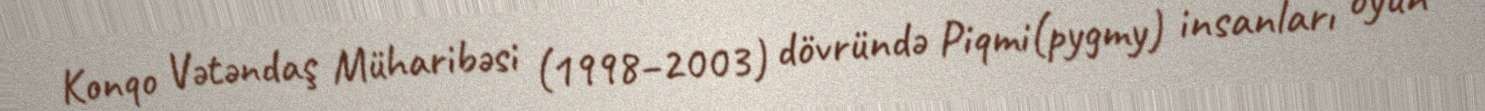
Konqo Vətəndaş Müharibəsi (1998–2003) dövründə Piqmi(pygmy) insanları oyun